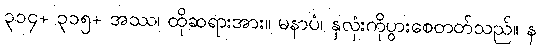
၃၁၄+ ၃၁၅+ အဿ၊ ထိုဆရားအား။ မနာပံ၊ နှလုံးကိုပွားစေတတ်သည်။ န